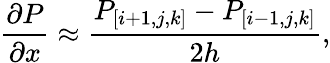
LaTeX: \frac{\partial P}{\partial x}\approx\frac{P_{[i+1,j,k]}-P_{[i-1,j,k]}}{2h},